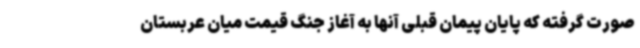
صورت گرفته که پایان پیمان قبلی آنها به آغاز جنگ قیمت میان عربستان